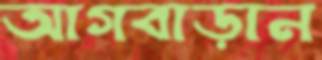
আগবাড়ান